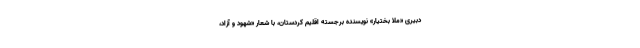
دبیری «ملا بختیار» نویسنده برجسته اقلیم کردستان، با شعار «شهود و آزاد،